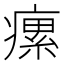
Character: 瘰